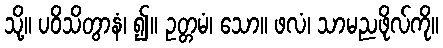
သို့။ ပဝိသိတွာနံ၊ ၍။ ဥတ္တမံ၊ သော။ ဖလံ၊ သာမညဖိုလ်ကို။